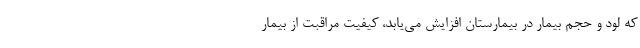
که لود و حجم بیمار در بیمارستان افزایش می‌یابد، کیفیت مراقبت از بیمار